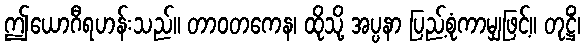
ဤယောဂီရဟန်းသည်။ တာဝတကေန၊ ထိုသို့ အပ္ပနာ ပြည့်စုံကာမျှဖြင့်။ တုဋ္ဌိံ၊